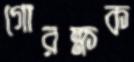
গোরক্ষক